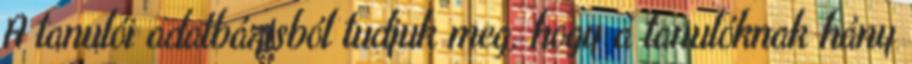
A tanulói adatbázisból tudjuk meg, hogy a tanulóknak hány